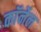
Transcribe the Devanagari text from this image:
काॅर्नेल